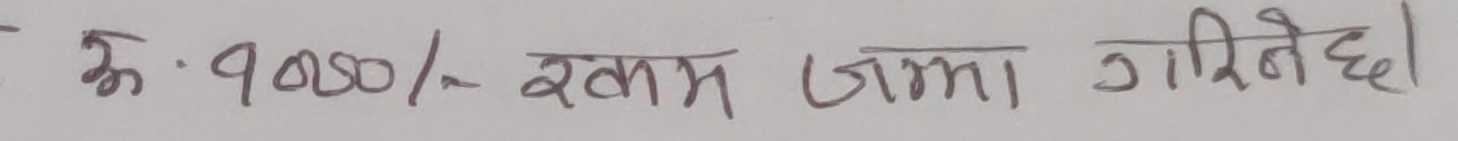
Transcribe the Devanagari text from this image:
रु. १०,०८०/- रकम जमा गरिनेछ।